Statistics compiled by the Government of India from the reports of provincial Civil Veterinary Departments
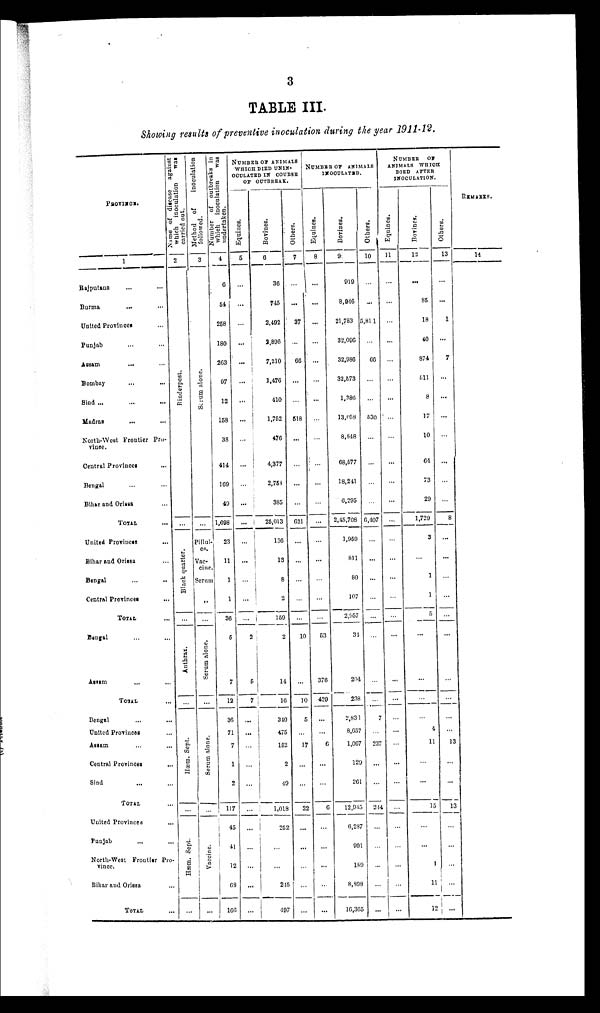
3
TABLE III.
Showing results of preventive inoculation during the year 1911-12.
PROVINCE.
1
Rajputana ... ...
Burma ... ...
United Provinces ...
Punjab .. ...
Assam ... ...
Bombay ... ...
Sind ... ... ...
Madras ... ...
North-West Frontier Pro-
vince.
Central Provinces ...
Bengal ... ...
Blhar and Orissa ...
TOTAL ...
United Provinces ...
Bihar and Orissa ...
Bengal ... ...
Central Provinces ...
TOTAL ...
Bangal ... ...
Assam ...
TOTAL ...
Bengal ... ...
United Provinces ...
Assam ... ...
Central Provinces ...
Sind ... ...
TOTAL ...
United Provinces
Punjab ... ...
North-West Frontier Pro¬
vince.
Bihar and Orissa
TOTAL ...
Name
of disease
against
which
inoculation
was
carried
out.
2
Rinderpest.
...
Black quarter.
...
Ant hr ax.
...
Hæm. Sept.
...
...
Hæm. Sept.
...
Method
of
inoculation
followed.
3
Serum alone.
...
Pillul-
es.
Vac-
cine.
Serum
„
...
Serum alone.
...
Serum alone.
...
Vaccine.
...
Number of outbreaks in
which
inoculation
was
undertaken.
4
6
54
258
180
263
97
12
158
38
414
169
49
1,698
23
11
1
1
36
5
7
12
36
7
1
2
117
45
41
12
68
166
NUMBER OF ANIMALS
WHICH DIED UNIN-
OCULATED IN COURSE
OF OUTBREAK.
Equines.
5
...
...
...
...
...
...
...
...
...
...
...
...
...
...
...
...
...
...
2
5
7
...
...
...
...
...
...
...
...
...
...
...
Bovines.
6
36
745
2,492
2,896
7,210
1,476
410
1,752
476
4,377
2,758
385
25,013
136
13
8
2
159
2
14
16
340
475
152
2
49
1,018
252
...
...
215
497
Ot her s .
7
...
...
37
...
66
...
....
518
...
...
...
...
621
...
...
...
...
...
10
...
10
5
...
17
...
...
22
...
...
...
...
...
NUMBER OF ANIMALS
INOCULATION.
Equines.
8
...
...
...
...
...
...
...
...
...
...
...
...
...
...
...
...
...
...
53
376
429
...
...
6
...
...
6
...
...
...
...
...
Bovines.
9
919
8,946
21,783
32,096
32,986
32,573
1,386
13,058
8,848
68,577
18,241
6,295
2,45,708
1,959
811
80
107
2,957
34
204
238
2,831
8,657
1,067
129
261
12,945
6,287
991
189
8,898
16,365
Ot her s .
10
...
...
5,811
...
66
...
...
530
...
...
...
...
6,407
...
...
...
...
...
...
...
...
7
...
237
...
...
214
...
...
...
...
...
NUMBER
OF
ANIMALS
WHICH
DIED AFTER
INOCULATION.
Equi nes .
11
...
...
...
...
...
...
...
...
...
...
...
...
...
...
...
...
...
...
...
...
...
...
...
...
...
...
...
...
...
...
...
...
Bovi nes .
12
...
85
18
40
874
511
8
17
10
64
73
29
1,729
3
...
1
1
5
...
...
...
...
4
11
...
...
15
...
...
1
11
12
Ot her s .
13
...
...
1
...
7
...
...
...
...
...
...
...
8
...
...
...
...
...
...
...
...
...
...
13
...
...
13
...
...
...
...
REMARKS.
14